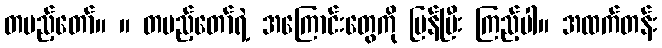
တပည့်တော်။ ။ တပည့်တော်ရဲ့ အကြောင်းတွေကို ပြန်ပြီး ကြည့်ပါ။ အထက်တန်း